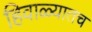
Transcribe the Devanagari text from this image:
हिवाळ्यातच